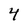
Character: 4